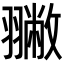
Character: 𦒐